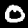
Digit: 0